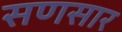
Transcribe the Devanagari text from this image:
सणसार